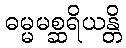
ဓမ္မမစ္ဆရိယန္တိ